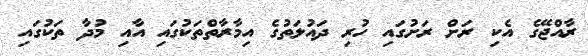
ރާއްޖޭގެ އެކި ރަށް ރަށުގައި ހުރި ދައުލަތުގެ އިމާރާތްތަކުގައި އާއި މުދާ ތަކުގައި